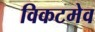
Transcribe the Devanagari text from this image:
विकटमेव